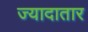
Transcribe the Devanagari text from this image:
ज्‍यादातार